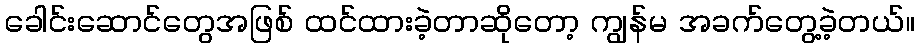
ခေါင်းဆောင်တွေအဖြစ် ထင်ထားခဲ့တာဆိုတော့ ကျွန်မ အခက်တွေ့ခဲ့တယ်။